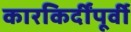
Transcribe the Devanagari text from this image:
कारकिर्दींपूर्वी